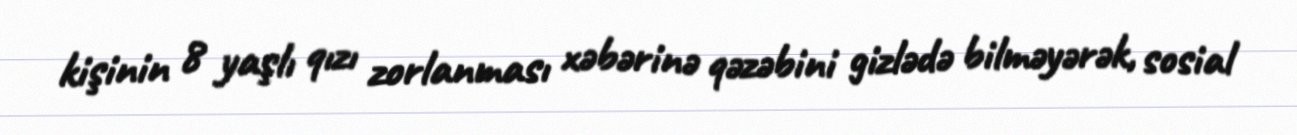
kişinin 8 yaşlı qızı zorlanması xəbərinə qəzəbini gizlədə bilməyərək, sosial